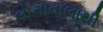
લોનાવાલાથી